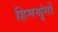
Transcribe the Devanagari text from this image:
हिमश्रृंगों